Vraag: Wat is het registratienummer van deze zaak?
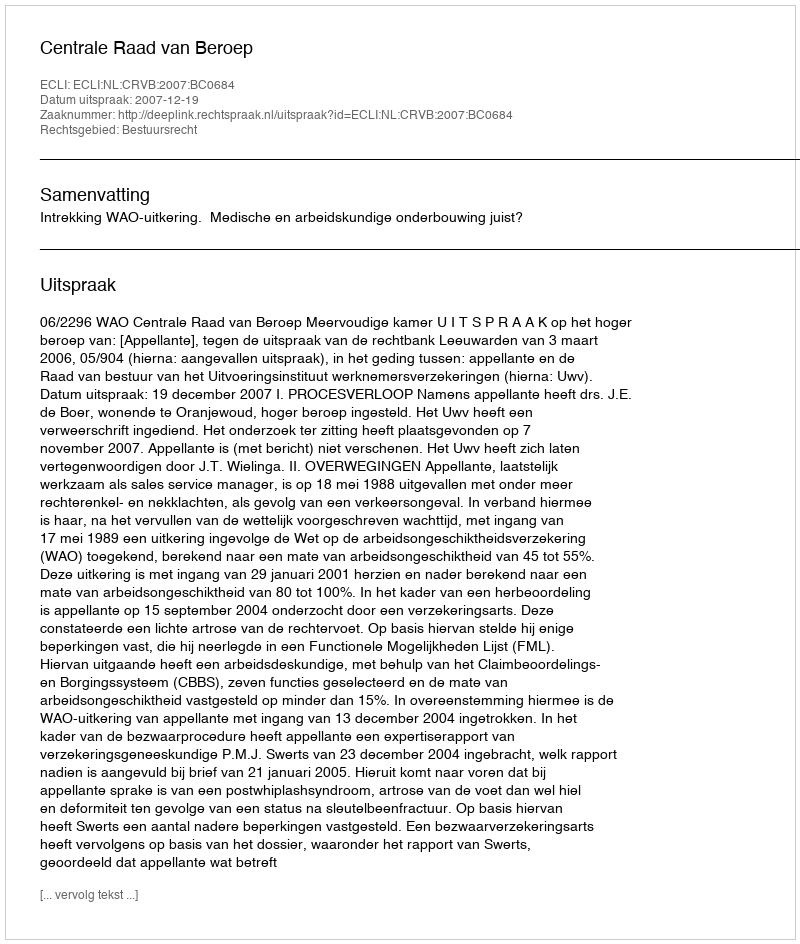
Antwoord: http://deeplink.rechtspraak.nl/uitspraak?id=ECLI:NL:CRVB:2007:BC0684